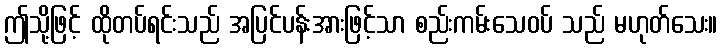
ဤသို့ဖြင့် ထိုတပ်ရင်းသည် အပြင်ပန်းအားဖြင့်သာ စည်းကမ်းသေဝပ် သည် မဟုတ်သေး။